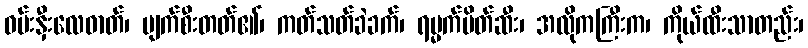
ဝမ်းနှီးလေဓာတ်၊ ပျက်စီးတတ်၏၊ ကတ်သတ်ခဲခက်၊ ရမ္မက်ပိတ်ဆီး၊ အလိုကကြီးက၊ ကိုယ်ထီးသာတည်း၊